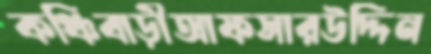
কঞ্চিবাড়ীআফসারউদ্দিন